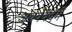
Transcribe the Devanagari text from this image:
अथर्ववेदमें